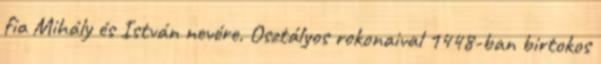
fia Mihály és István nevére. Osztályos rokonaival 1448-ban birtokos